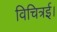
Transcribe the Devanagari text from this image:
विचित्रई।